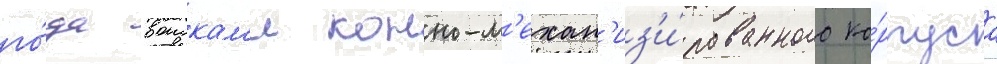
го́да воискам'и конно-м'ехан'из'и́рованного ко́рпуса